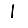
Digit: 1